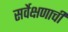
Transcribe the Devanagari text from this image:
सर्वेक्षणाची